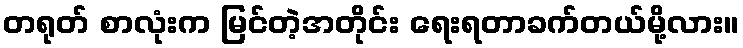
တရုတ် စာလုံးက မြင်တဲ့အတိုင်း ရေးရတာခက်တယ်မို့လား။